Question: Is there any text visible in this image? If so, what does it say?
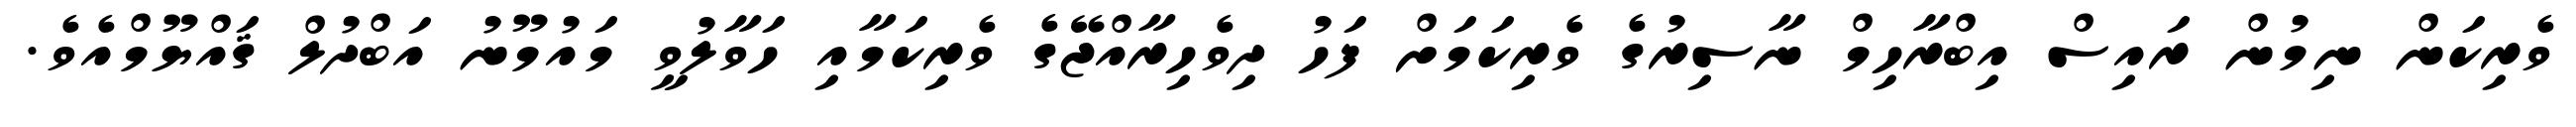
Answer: ވެރިކަން ނިމުން ރައިސް އިބްރާހިމް ނާސިރުގެ ވެރިކަމަށް ފަހު ދިވެހިރާއްޖޭގެ ވެރިކަމާއި ހަވާލުވީ މައުމޫނު އަބްދުލް ޤައްޔޫމްއެވެ.